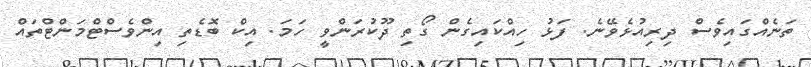
ތަނެއްގައިވެސް ދިރިއުޅެވޭނެ. ފަޅު ހިއްކައިގެން ގޯތި ދޫކުރަންވީ ހަމަ. އިކް ބޮޑެތި އިންވެސްޓްމަންޓްތައް